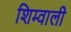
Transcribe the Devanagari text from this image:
शिम्वाली